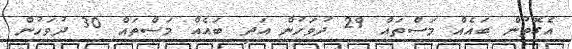
އެގޮތުން ބައެއް މަސްތައް 29 ދުވަހުން އަދި ބައެއް މަސްތައް 30 ދުވަހުން